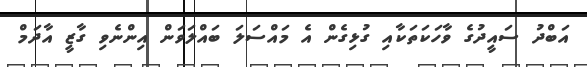
އަބްދު ސައީދުގެ ވާހަކަތަކާއި ގުޅިގެން އެ މައްސަލަ ބައްލަވަން އިންނެވި ގާޒީ އާދަމް